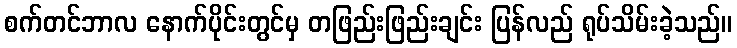
စက်တင်ဘာလ နောက်ပိုင်းတွင်မှ တဖြည်းဖြည်းချင်း ပြန်လည် ရုပ်သိမ်းခဲ့သည်။